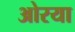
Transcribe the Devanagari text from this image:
ओरया